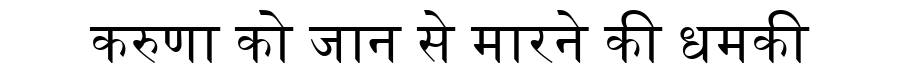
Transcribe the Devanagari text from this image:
करुणा को जान से मारने की धमकी